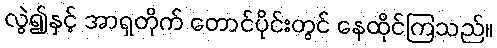
လွဲ၍နှင့် အာရှတိုက် တောင်ပိုင်းတွင် နေထိုင်ကြသည်။